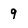
Character: 9